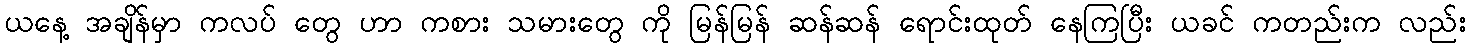
ယနေ့ အချိန်မှာ ကလပ် တွေ ဟာ ကစား သမားတွေ ကို မြန်မြန် ဆန်ဆန် ရောင်းထုတ် နေကြပြီး ယခင် ကတည်းက လည်း